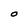
Character: O